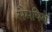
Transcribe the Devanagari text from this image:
सैमपिगे